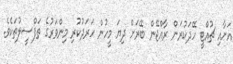
އަށާއި ޗުއްޓީ ހޭދަކުރަން ރާއްޖޭން ބޭރަށް ދިޔަ މީހުން ހަރަދުކުރި މިންވަރުގެ ތަފްސީލުތަކެވެ.